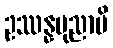
ဥဿန္နပုညာပိ